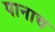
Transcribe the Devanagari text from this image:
पानाच